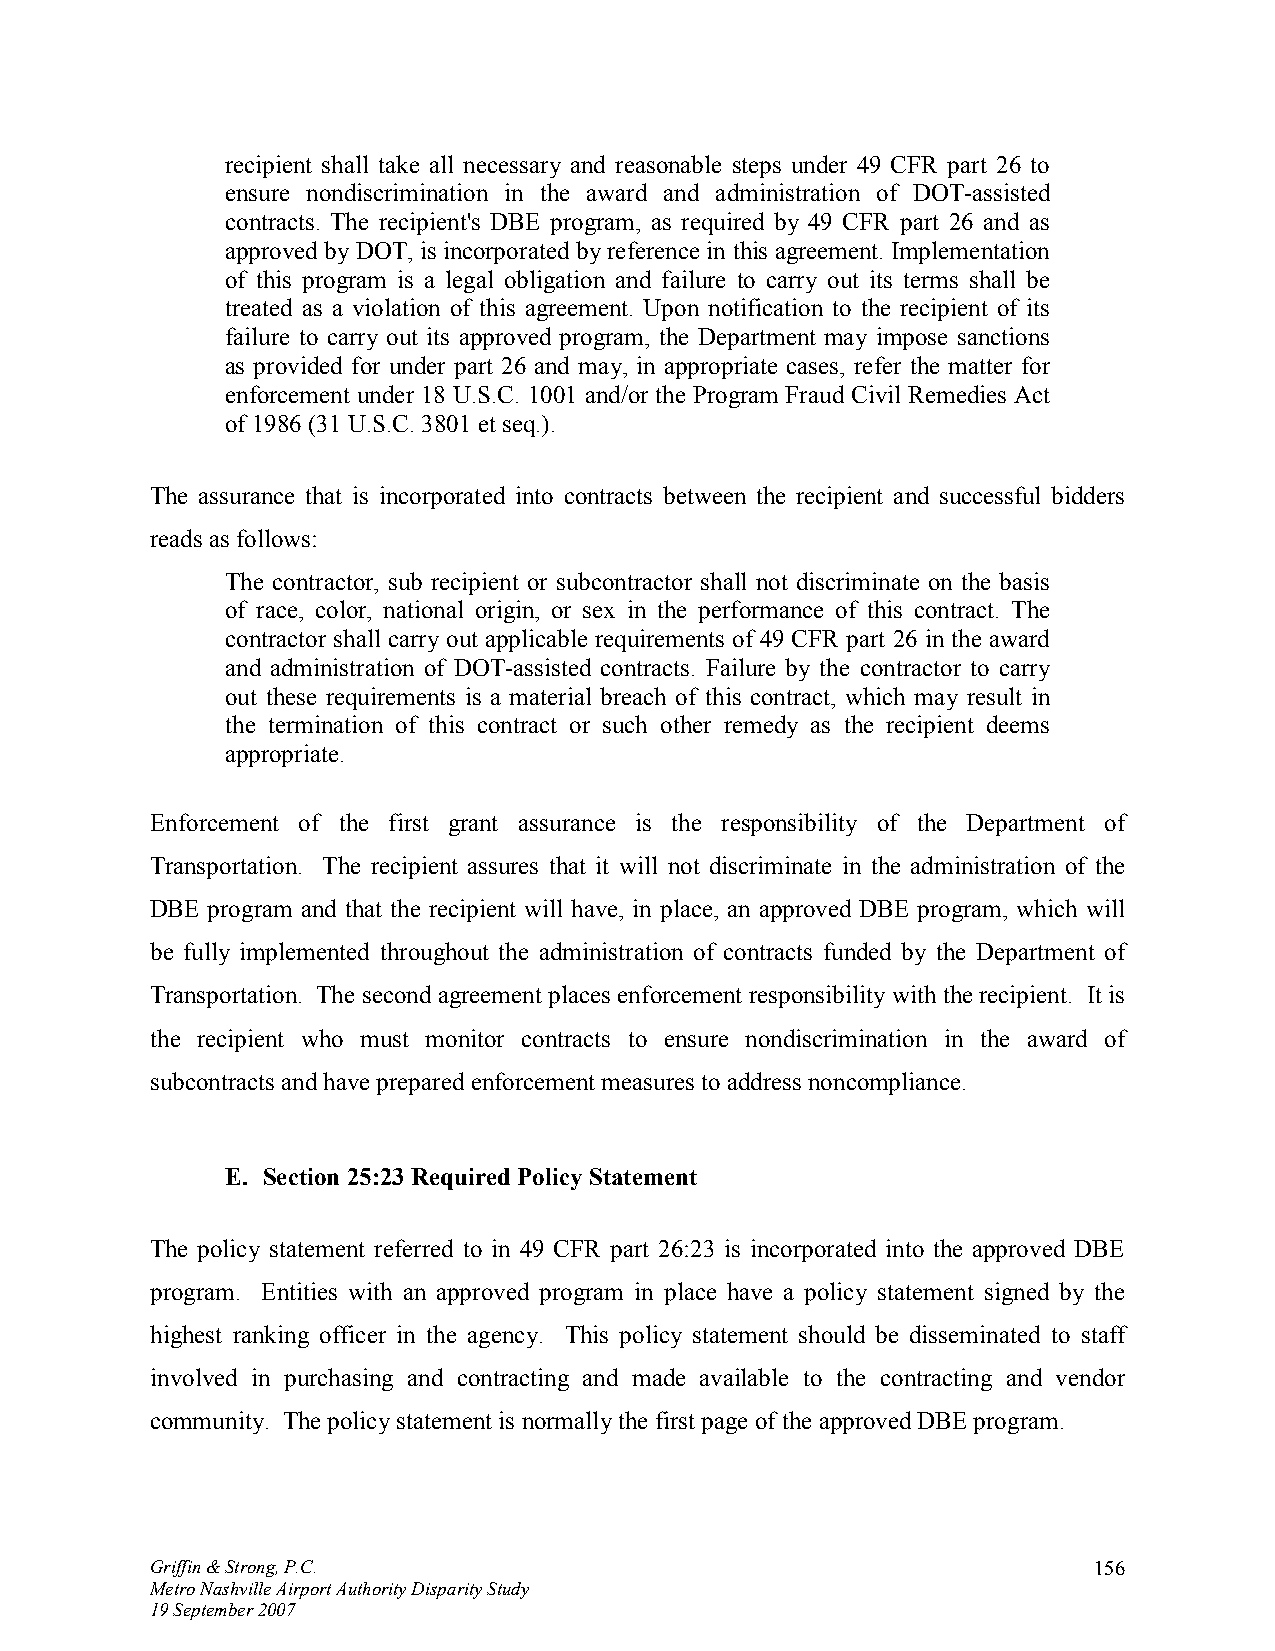
recipient shall take all necessary and reasonable steps under 49 CFR part 26 to
 ensure nondiscrimination in the award and administration of DOT-assisted
 contracts. The recipient's DBE program, as required by 49 CFR part 26 and as
 approved by DOT, is incorporated by reference in this agreement. Implementation
 of this program is a legal obligation and failure to carry out its terms shall be
 treated as a violation of this agreement. Upon notification to the recipient of its
 failure to carry out its approved program, the Department may impose sanctions
 as provided for under part 26 and may, in appropriate cases, refer the matter for
 enforcement under 18 U.S.C. 1001 and/or the Program Fraud Civil Remedies Act
 of 1986 (31 U.S.C. 3801 et seq.).
 The assurance that is incorporated into contracts between the recipient and successful bidders
 reads as follows:
 The contractor, sub recipient or subcontractor shall not discriminate on the basis
 of race, color, national origin, or sex in the performance of this contract. The
 contractor shall carry out applicable requirements of 49 CFR part 26 in the award
 and administration of DOT-assisted contracts. Failure by the contractor to carry
 out these requirements is a material breach of this contract, which may result in
 the termination of this contract or such other remedy as the recipient deems
 appropriate.
 Enforcement of the first grant assurance is the responsibility of the Department of
 Transportation. The recipient assures that it will not discriminate in the administration of the
 DBE program and that the recipient will have, in place, an approved DBE program, which will
 be fully implemented throughout the administration of contracts funded by the Department of
 Transportation. The second agreement places enforcement responsibility with the recipient. It is
 the recipient who must monitor contracts to ensure nondiscrimination in the award of
 subcontracts and have prepared enforcement measures to address noncompliance.
 E. Section 25:23 Required Policy Statement
 The policy statement referred to in 49 CFR part 26:23 is incorporated into the approved DBE
 program. Entities with an approved program in place have a policy statement signed by the
 highest ranking officer in the agency. This policy statement should be disseminated to staff
 involved in purchasing and contracting and made available to the contracting and vendor
 community. The policy statement is normally the first page of the approved DBE program.
 Griffin & Strong, P.C.                                        156
 Metro Nashville Airport Authority Disparity Study
 19 September 2007